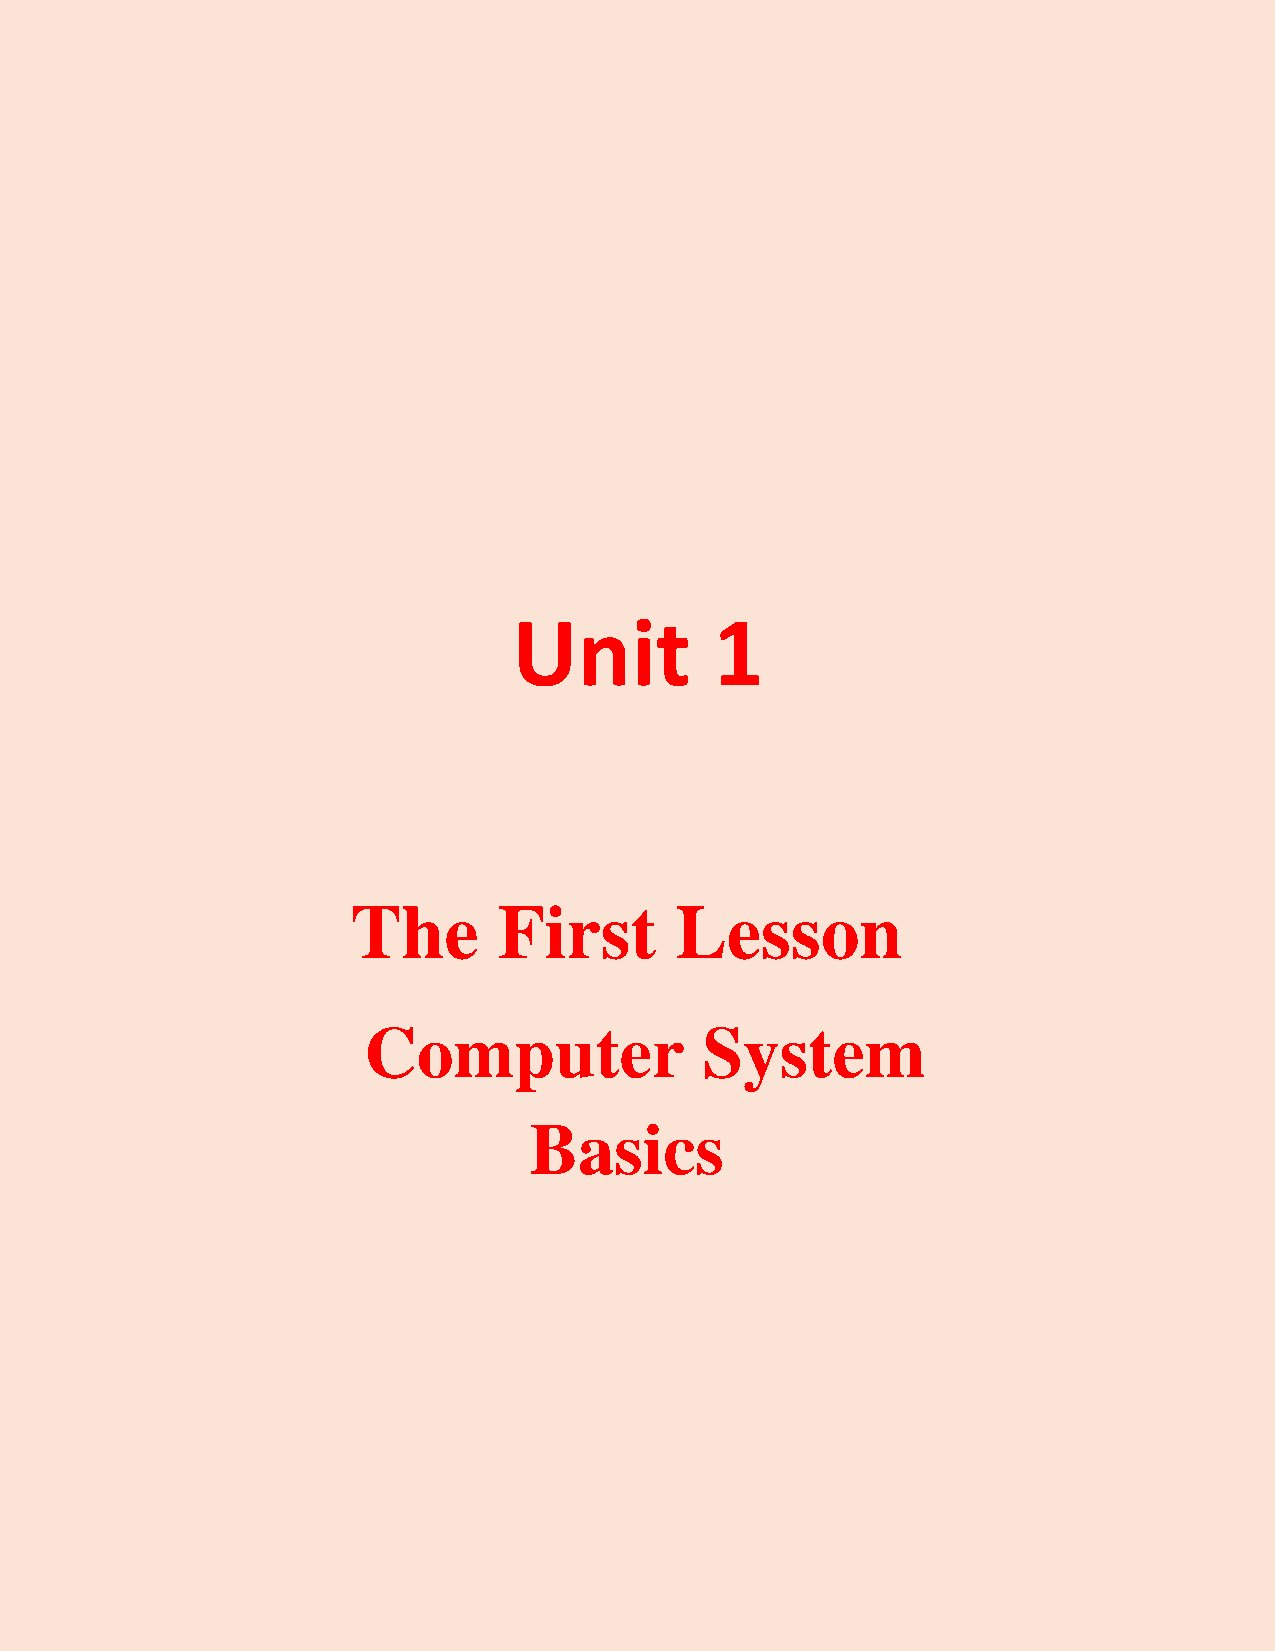
Unit         1
 The       First       Lesson
 Computer               System
 Basics